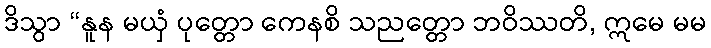
ဒိသွာ “နူန မယှံ ပုတ္တော ကေနစိ သညတ္တော ဘဝိဿတိ, ဣမေ မမ